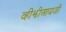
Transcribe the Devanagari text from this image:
व्हीझीआयजी